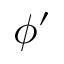
\phi ^ { \prime }